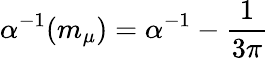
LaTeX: \alpha^{-1}({m_{\mu}})=\alpha^{-1}-{\frac{1}{3\pi}}